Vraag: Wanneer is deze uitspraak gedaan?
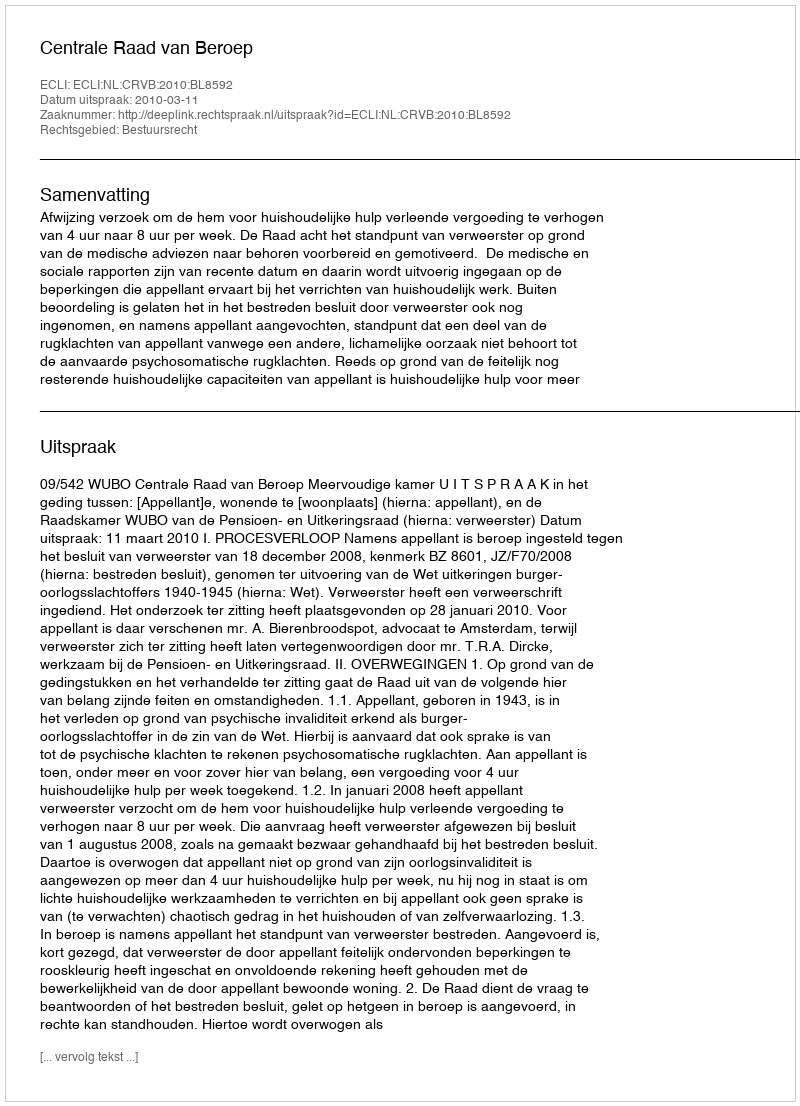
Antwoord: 2010-03-11